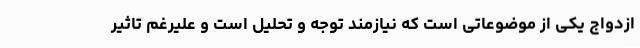
ازدواج یکی از موضوعاتی است که نیازمند توجه و تحلیل است و علیرغم تاثیر